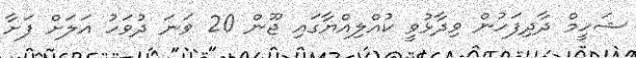
ޝަހީމް ދާދިފަހުން ވިދާޅުވީ ކުއްލިއްޔާގައި ޖޫން 20 ވަނަ ދުވަހު އަލަށް ފަށާ